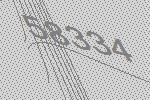
58334